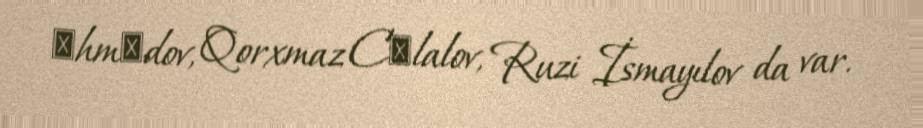
Әhmәdov, Qorxmaz Cәlalov, Ruzi İsmayılov da var.